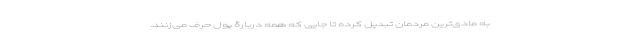
به مادی‌ترین مردمان تبدیل کرده تا جایی که همه دربارۀ پول حرف می‌زنند.